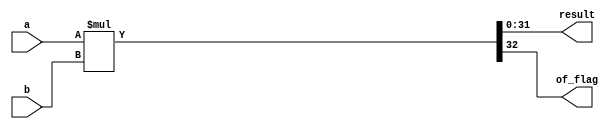
module prod (
	input[31:0] a,
  input[31:0] b,
  output[31:0] result,
  output			 of_flag
);

assign {of_flag, result} = a * b; 

endmodule